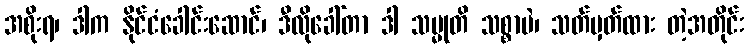
အစိုးရ၊ ဒါက နိုင်ငံခေါင်းဆောင်၊ ဒီလိုခေါ်တာ ဒါ သမ္မုတိ သစ္စာပဲ၊ သတ်မှတ်ထား တဲ့အတိုင်း